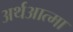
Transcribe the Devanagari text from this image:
अर्थआत्मा